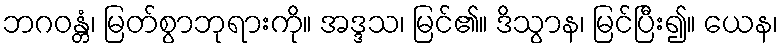
ဘဂဝန္တံ၊ မြတ်စွာဘုရားကို။ အဒ္ဒသ၊ မြင်၏။ ဒိသွာန၊ မြင်ပြီး၍။ ယေန၊